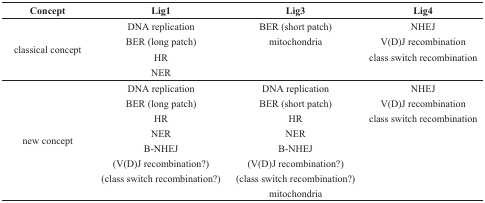
| Concept | Lig1 | Lig3 | Lig4 |
 | --- | --- | --- | --- |
 | <ROWSPAN=4> classical concept | DNA replication | BER (short patch) | NHEJ |
 | BER (long patch) | mitochondria | V(D)J recombination |
 | HR |  | class switch recombination |
 | NER |  |  |
 | <ROWSPAN=8> new concept | DNA replication | DNA replication | NHEJ |
 | BER (long patch) | BER (short patch) | V(D)J recombination |
 | HR | HR | class switch recombination |
 | NER | NER |  |
 | B-NHEJ | B-NHEJ |  |
 | (V(D)J recombination?) | (V(D)J recombination?) |  |
 | (class switch recombination?) | (class switch recombination?) |  |
 |  | mitochondria |  |